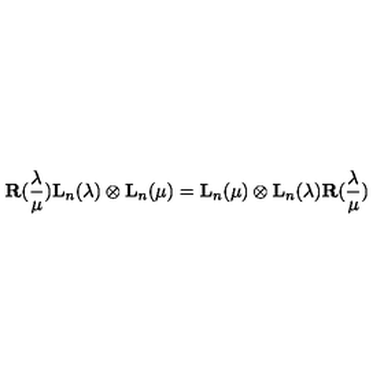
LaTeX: { \bf R } ( \frac { \lambda } { \mu } ) { \bf L } _ { n } ( \lambda ) \otimes { \bf L } _ { n } ( \mu ) = { \bf L } _ { n } ( \mu ) \otimes { \bf L } _ { n } ( \lambda ) { \bf R } ( \frac { \lambda } { \mu } )